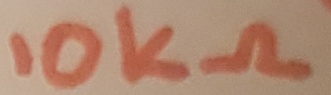
Text: 10KΩ